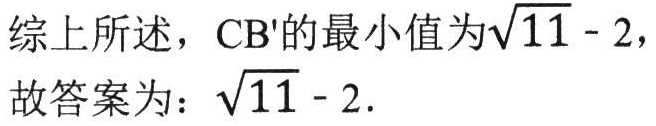
综上所述，$CB'$的最小值为$\sqrt{11} - 2$，
故答案为：$\sqrt{11} - 2$.